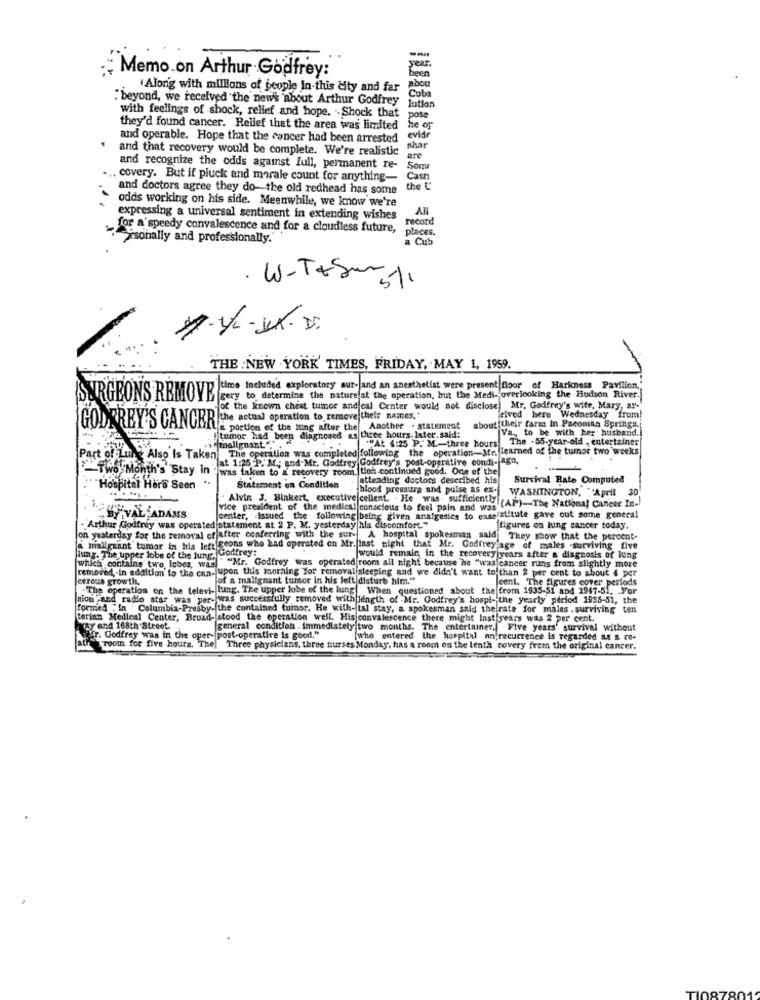
--
year .
Memo on Arthur Godfrey:
been
Alorig with millions of people In this city and far
abou
: beyond, we received the news 'about Arthur Godfrey
Coba
lution
with feelings of shock, relief and hope. . Shock that
pose
they'd found cancer. Relief that the area was limited
he os
and operable. Hope that the concer had been arrested
evid
and that recovery would be complete. We're realistic
shar
are
and recognize the odds against full, permanent re-
Som
. covery. But if pluck and morale count for anything-
Cast
and doctors agree they do- the old redhead has some
the L'
odas working on his side. Meanwhile, we know we're
AN
expressing a universal sentiment in extending wishes
record
for a speedy convalescence and for a cloudless future,
places.
"""sonally and professionally."
· W-T+Sur.
5%
THE NEW YORK' TIMES, FRIDAY, MAY 1, 1959.
time Included exploratory sur- and an anesthetist were present floor of Harkness Pavilion,
SURGEONS REMOVE
gery to determine the naturefat the operation, but the Medi- overlooking the Hudson River.
of the known chest tumor andleal Center would not disclose Mr. Godfrey's wife, Mary, ar-"
the actual operation to remove their names."
irived here Wednesday from!
portion of the king after the Another . statement about their farre in Paconian Springs.
Va ., to be with her husband.
tumor had been diagnosed as three hours. later.said:
The - 55-year-old , entertainer
Part of Lung Also Is Taken The operation was completed following the operation-Mr. learned of the tumor two weeks
w malignant "".
At 4:25 P. M .- three hours.
"lat 1:25 P. M .; and.Mr. Godfrey Godfrey's post-operative condi-jag0,
TWO Month's' Stay in : was taken to a recovery room. tion continued good. One of the
attending doctors described his
Survival Rate Computed
Hospital Hero Seen .
Statement en Condition
vice president of the medical conscious to feel pain and was (AP)-The National Cancer In-
Alvin J. Binkert, executive cellent . He was . sufficiently
blood pressure and pulse as ex- WASHINGTON, ""April 30
VAL ADAMS
center, issued the following being given analgesics to easeistitute gave out some general
. Arthur Godfrey was operated statement at 2 P. M. yesterday hls discomfort."
figures on king cancer today.
on yesterday for the removal offafter conferring with the sur- A hospital spokesman said They show that the percent-
malignant tumor in his left geons who had operated on Mr. last night that Mr. Godfrey age of males -surviving five
n Godfrey:
lung. The upper lobe of the lung,
Jwould remain in the recovery years after a diagnosis of lung
which contains two, lobes, was
"Mr. Godfrey was operated room all night because he "was|cancer runs from slightly more
cereus growth,
removed, in addition to the can- upon this morning for removal sleeping and we didn't want to than 2 per cent to about 4 per
of a malignant tumor in his left disturb him."
Jeent. The figures cover periods
. The operation on the televi- lung. The upper lobe of the lung
When questioned about the from 1935-51 and 1947-51. For
ion "and radio star was per- was successfully removed with length of .Mr. Godfrey's hospi- the yearly' period 1985-51, the
formed "In Columbia-Presby-the contained tumor. He with- tal stay, a spokesman said the rate for males . surviving te
terian Medical Center, Broad- stood the operation well. His convalescence there might Inst years was 2 per cent.
ty and 168th Street.
general condition . immediately two months. The entertainer, Five years' survival without
aufr. Godfrey was in the oper- P
post-operative is good."
(who entered the hospital anfrecurrence is regarded as & re-
Tool for five hours. The Three physicians, three nurses Monday, has a room on the tenth covery from the original cancer.